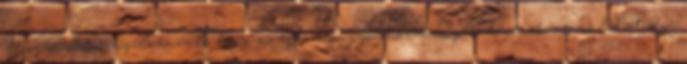
Ugyanakkor nyilvánvaló, hogy az egészségügyi intézmények zömének nincs lehetősége